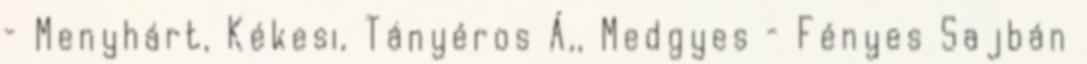
– Menyhárt, Kékesi, Tányéros Á,, Medgyes – Fényes Sajbán